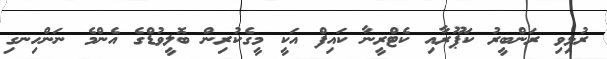
ރުޅިވި ރަންބީރު ކަޕޫރާއި ކެޓްރީނާ ކައިފް އަކީ މީގެކުރިން ބޮލީވުޑްގެ އެންމެ ނަންހިނގި